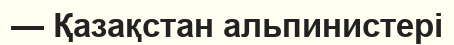
— Қазақстан альпинистері